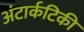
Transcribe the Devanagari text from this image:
अंटार्कटिकी